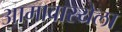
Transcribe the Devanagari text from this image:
आमावास्येला